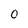
Character: O